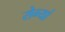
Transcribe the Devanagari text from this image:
रोग्यां